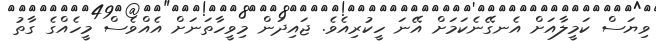
ވިޔަސް ކަމީލާއަށް އެނގޭނެކަމަށް އޭނަ ހީކުރިއެވެ. ޖައިދަން މިވީހާތަނަށް އެއްވެސް މީހެއްގެ ގާތު